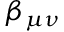
\beta _ { \mu \nu }